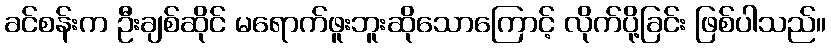
ခင်စန်းက ဦးချစ်ဆိုင် မရောက်ဖူးဘူးဆိုသောကြောင့် လိုက်ပို့ခြင်း ဖြစ်ပါသည်။